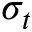
\sigma _ { t }